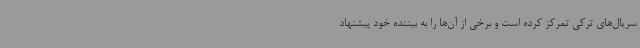
سریال‌های ترکی تمرکز کرده است و برخی از آن‌ها را به بیننده خود پیشنهاد